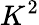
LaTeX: K^{2}